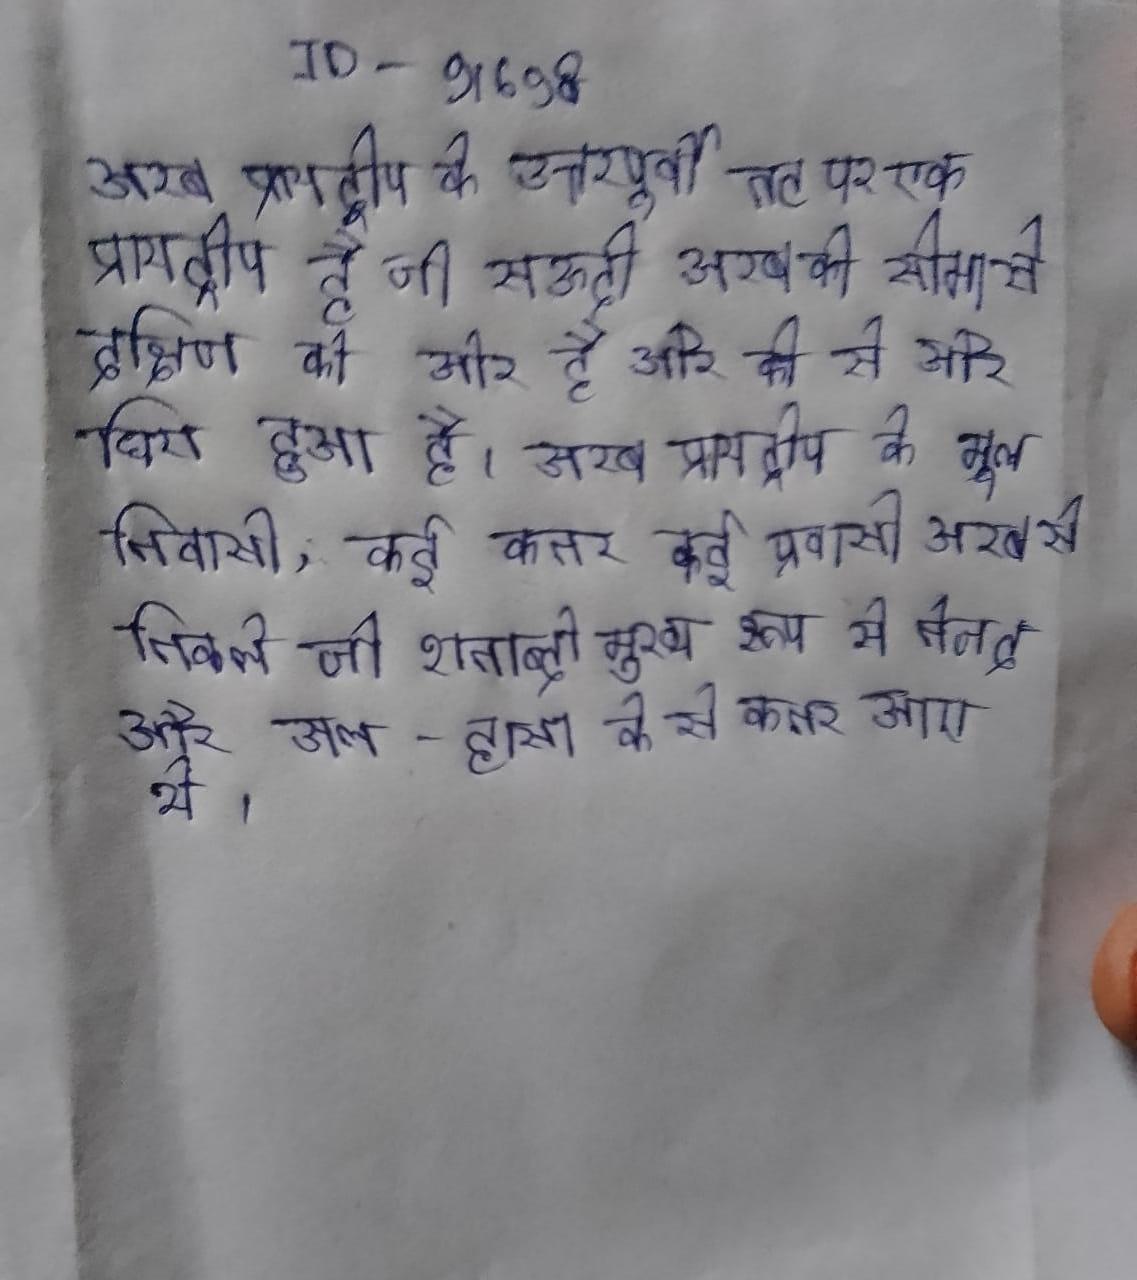
अरब प्रायद्वीप के उत्तरपूर्वी तट पर एक प्रायद्वीप है जो सऊदी अरब की सीमा से दक्षिण की ओर है और की से और घिरा हुआ है । अरब प्रायद्वीप के मूल निवासी, कई कतर कई प्रवासी अरब से निकले जो शताब्दी मुख्य रूप से नेजद और अल-हासा के से कतर आए थे ।